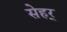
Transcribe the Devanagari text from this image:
सेहर्